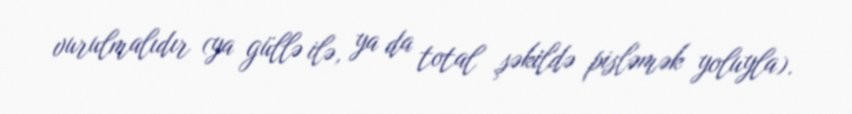
vurulmalıdır (ya güllə ilə, ya da total şəkildə pisləmək yoluyla).